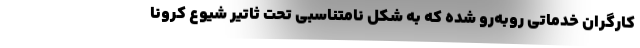
کارگران خدماتی روبه‌رو شده که به شکل نامتناسبی تحت ثاتیر شیوع کرونا